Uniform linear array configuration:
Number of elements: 16
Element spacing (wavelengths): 0.5
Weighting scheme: exponential
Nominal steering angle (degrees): -45
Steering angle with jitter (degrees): -44.19
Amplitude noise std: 0.05
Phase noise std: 0.05

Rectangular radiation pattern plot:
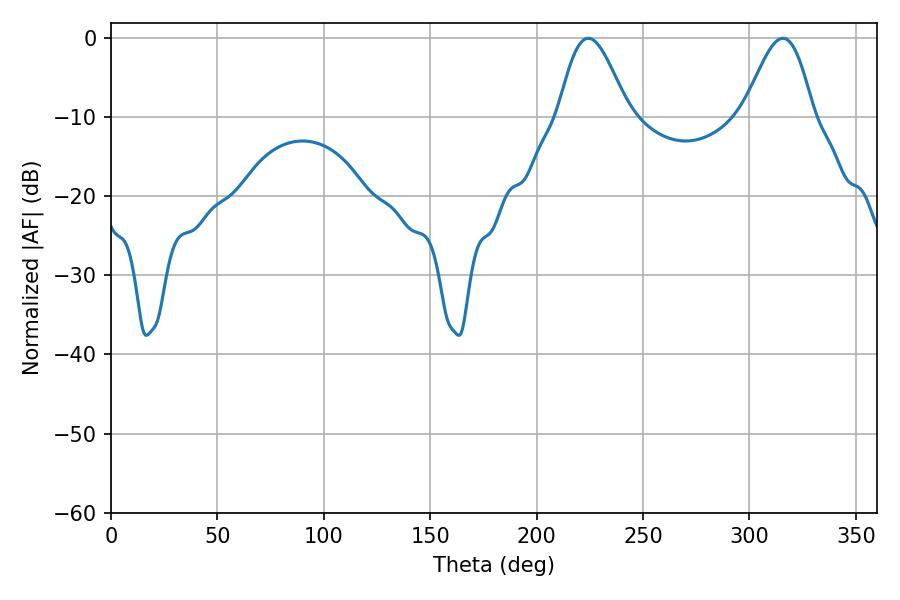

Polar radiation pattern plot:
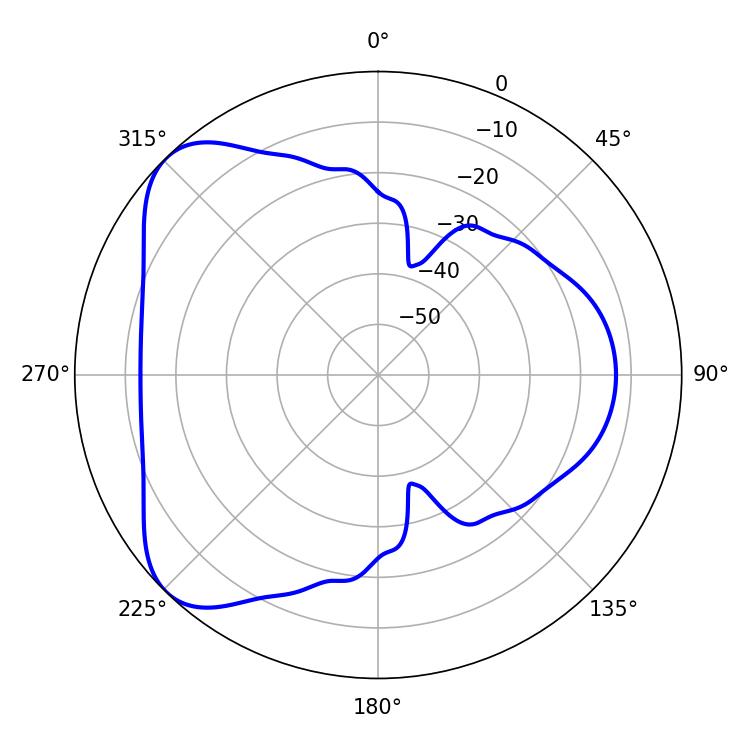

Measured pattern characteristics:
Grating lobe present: FALSE
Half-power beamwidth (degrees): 17.28
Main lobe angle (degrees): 224.28